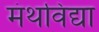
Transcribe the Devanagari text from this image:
मंथविद्या